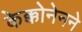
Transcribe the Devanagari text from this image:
केक्कोनेनने